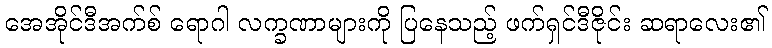
အေအိုင်ဒီအက်စ် ရောဂါ လက္ခဏာများကို ပြနေသည့် ဖက်ရှင်ဒီဇိုင်း ဆရာလေး၏